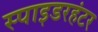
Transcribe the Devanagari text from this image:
स्पाइडरहंटर